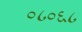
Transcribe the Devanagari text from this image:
०८०६८